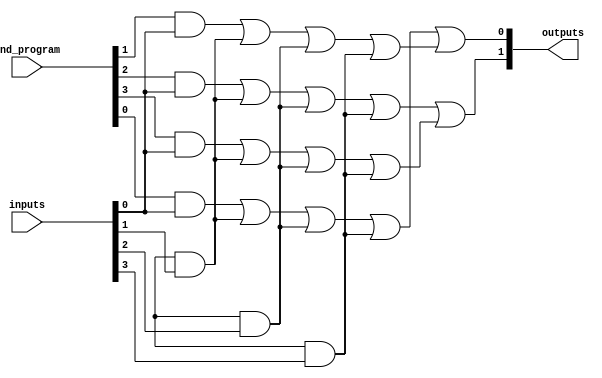
module PAL (
    input wire [N-1:0] inputs,        // N input lines
    input wire [M-1:0] and_program,    // M programmable AND gates
    output wire [P-1:0] outputs        // P output lines
);
    parameter N = 4; // Number of inputs
    parameter M = 4; // Number of AND gates
    parameter P = 2; // Number of outputs

    // Internal wires for AND gate outputs
    wire [M-1:0] and_outputs;

    // Generate the programmable AND gates
    genvar i;
    generate
        for (i = 0; i < M; i = i + 1) begin : and_gate
            assign and_outputs[i] = 
                (and_program[i] & inputs[0]) |
                (and_program[i + M] & inputs[1]) |
                (and_program[i + 2*M] & inputs[2]) |
                (and_program[i + 3*M] & inputs[3]);
        end
    endgenerate

    // Fixed OR array to combine AND gate outputs
    assign outputs[0] = and_outputs[0] | and_outputs[1]; // Example OR logic for output 0
    assign outputs[1] = and_outputs[2] | and_outputs[3]; // Example OR logic for output 1

endmodule